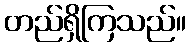
တည်ရှိကြသည်။